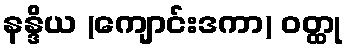
နန္ဒိယ (ကျောင်းဒကာ) ဝတ္ထု